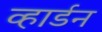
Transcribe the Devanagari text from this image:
व्हार्डन